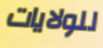
للولايات